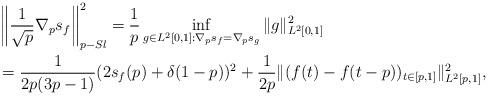
LaTeX: \begin{align*} & \left\|\frac{1}{\sqrt{p}}\nabla_p s_{f}\right\|_{p-Sl}^2 = \frac{1}{p}\inf_{g\in L^2[0,1]:\nabla_p s_{f}=\nabla_p s_{g}}\|g\|^2_{L^2[0,1]}\\&=\frac{1}{2p(3p-1)}(2s_{f}(p)+\delta(1-p))^2+\frac{1}{2p}\|(f(t)-f(t-p)) _{t\in [p,1]}\|^2_{L^2[p,1]}, \end{align*}